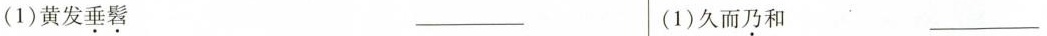
(1)黄发垂髫 ___ (1)久而乃和 ___